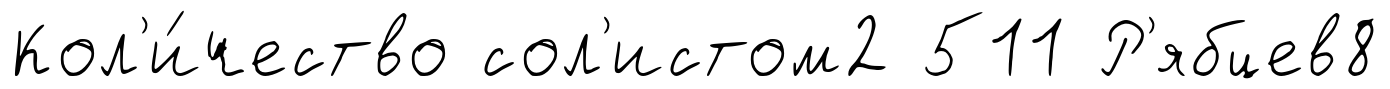
Кол'и́чество сол'истом2 511 Р'ябцев8